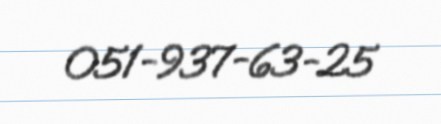
051-937-63-25